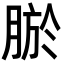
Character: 𮌠